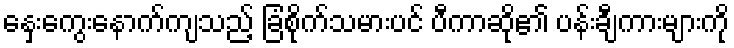
နှေးကွေးနောက်ကျသည့် ခြံစိုက်သမားပင် ပီကာဆို၏ ပန်းချီကားများကို